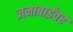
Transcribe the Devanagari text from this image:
जनाबाईंवर